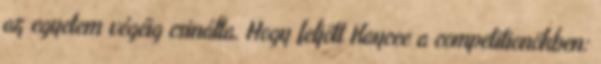
az egyetem végéig csinálta. Hogy feljött Kaycee a competitionökben: